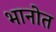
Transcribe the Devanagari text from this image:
भानोत